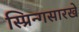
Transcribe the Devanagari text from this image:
स्प्रिन्गसारखे